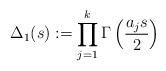
\begin{align*}\Delta_1(s):=\prod_{j=1}^{k}\Gamma\left(\frac{a_j s}{2}\right) \end{align*}